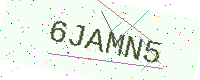
Text: 6JAMN5